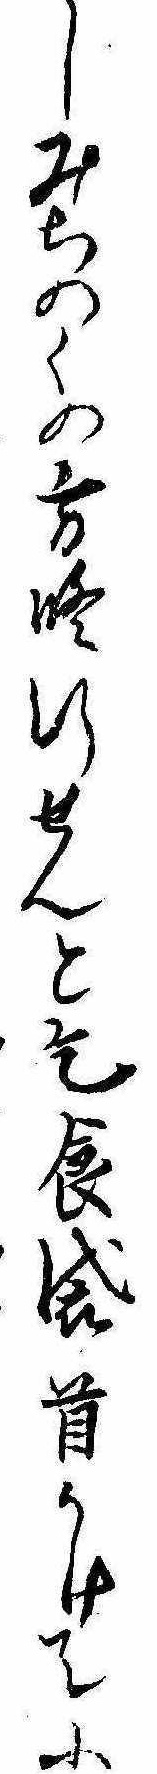
しみちのくの方修行せんと乞食袋首かけて小